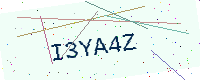
Text: I3YA4Z